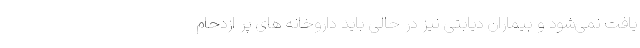
یافت نمی‌شود و بیماران دیابتی نیز در حالی باید داروخانه های پر ازدحام